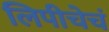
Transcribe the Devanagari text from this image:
लिपीचेचं